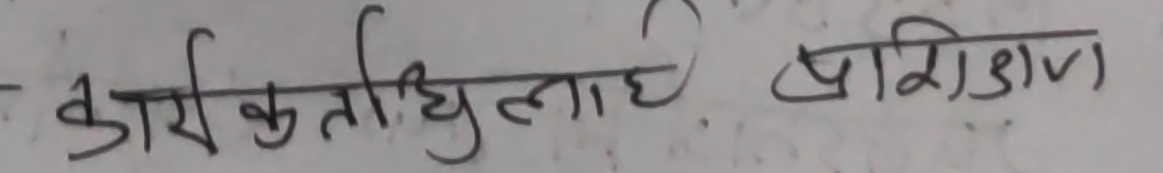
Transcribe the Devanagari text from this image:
कार्यक धिलाह प्रशिडाण